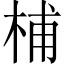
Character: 㭪